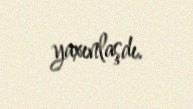
yaxınlaşdı.